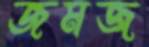
জমজ